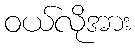
ဝယ်လိုအား